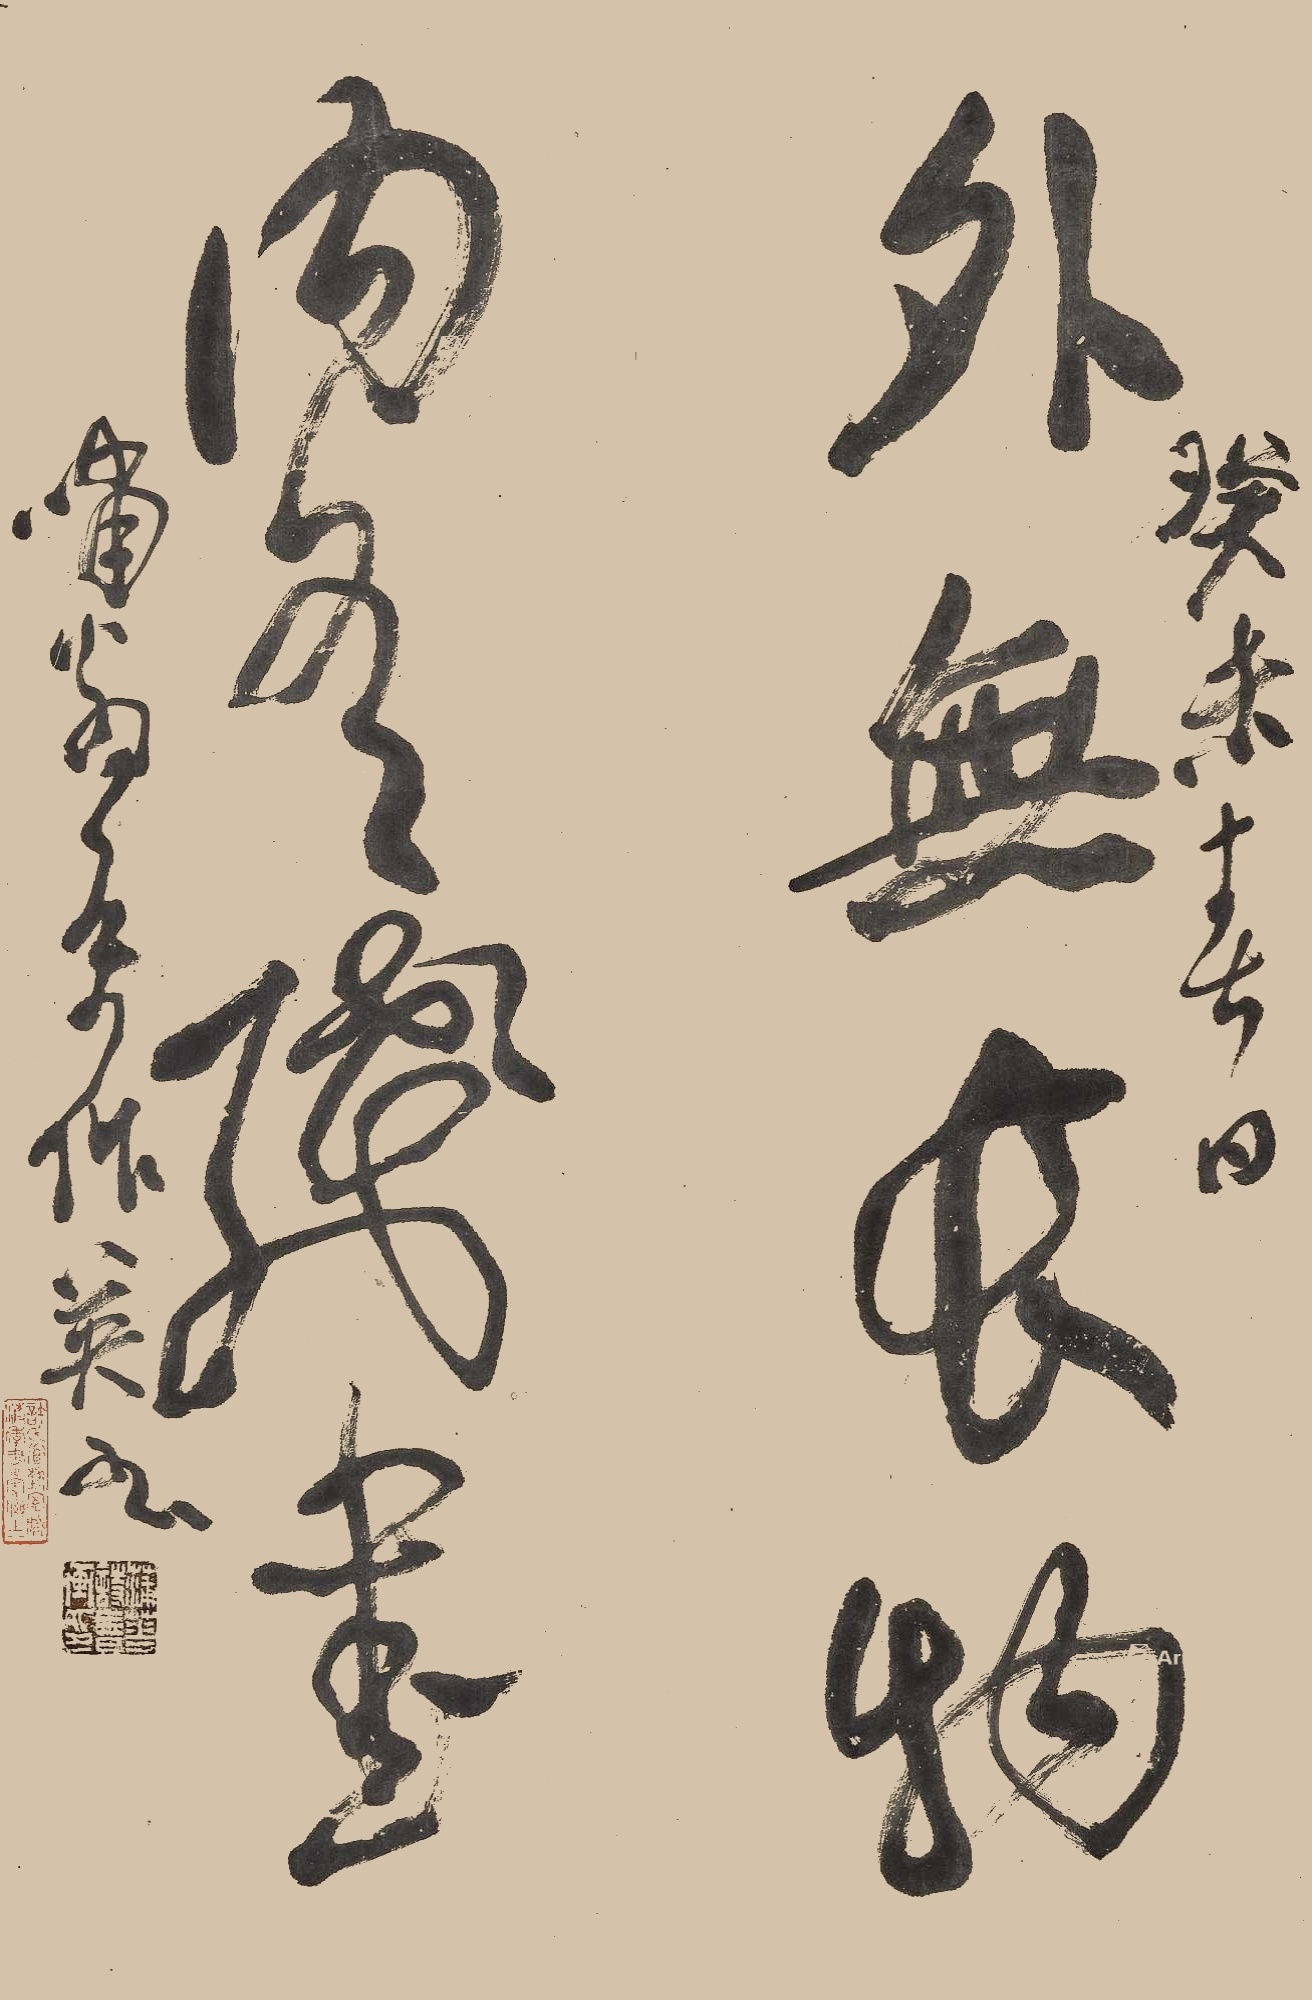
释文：外无长物，内有残书。癸未春日，啸翁属作英书。